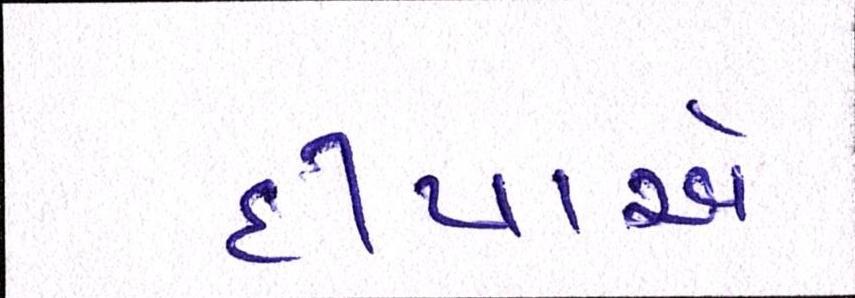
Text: દીપાએ